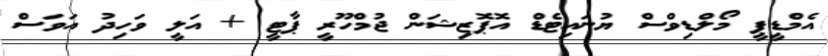
އެމްޑީޕީ މޯލްޑިވްސް ޔުނައިޓެޑް އޮޕޮޒިޝަން ޖުމްހޫރީ ޕާޓީ + އަލީ ވަހިދު އަވަސް